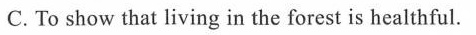
C.To show that living in the forest is healthful.